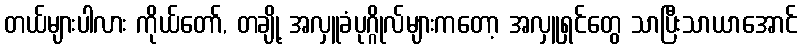
တယ်များပါလား ကိုယ်တော်, တချို့ အလှူခံပုဂ္ဂိုလ်များကတော့ အလှူရှင်တွေ သာပြီးသာယာအောင်